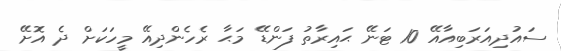
ސައުދިއަރަބިއާއޭ 10 ޓަނޭ ޙައިރާތު ފަންޑޭ މަޙާ ރެހެންދިއޭ މީހަކަށް ދެ އޮށޭ